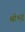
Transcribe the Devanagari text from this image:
श्रीभद्र